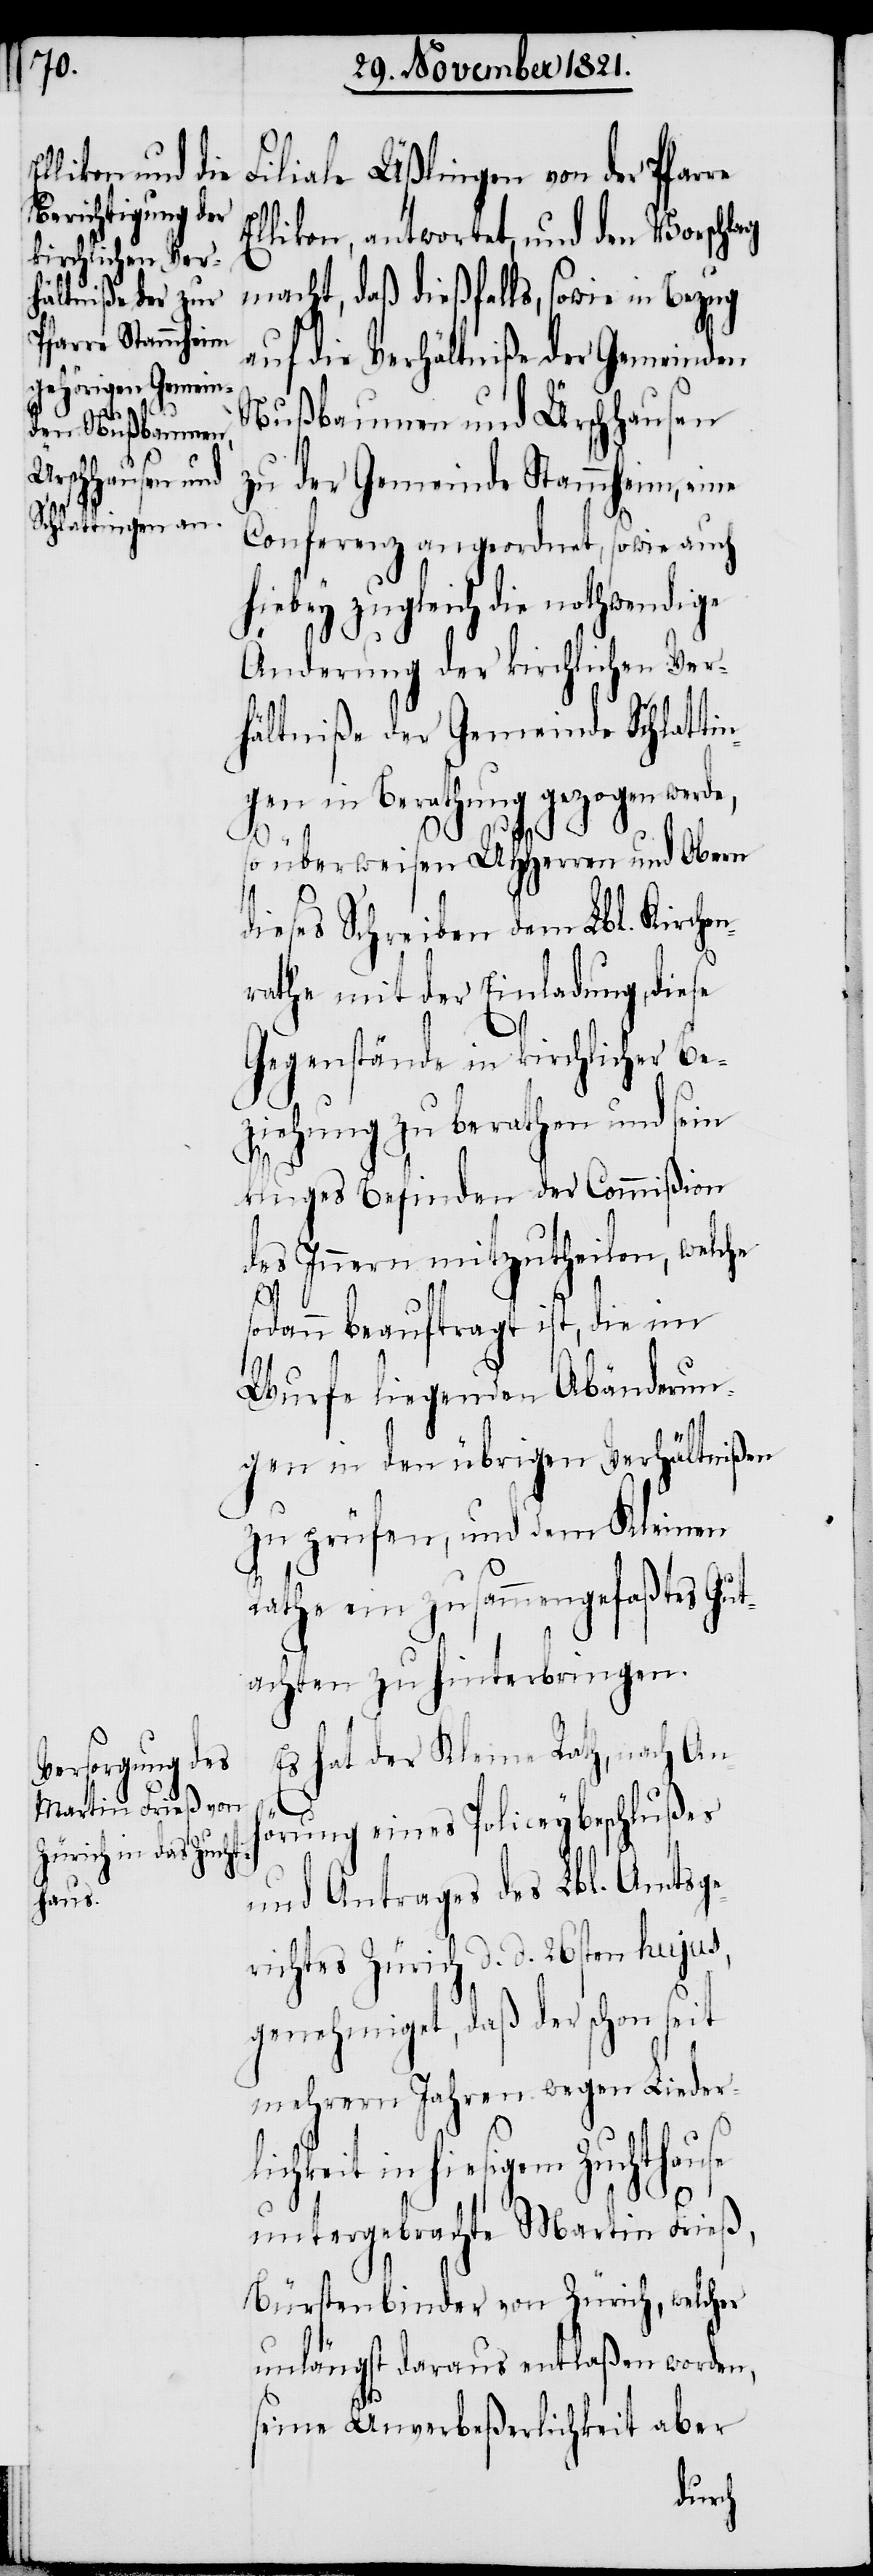
Filiale Üßlingen von der Pfar¬
Ellikon, antwortet, und den Vorschlag
macht, daß dießfalls, sowie in Bezug
auf die Verhältniße der Gemeinden
Nußbaumen und Ürschhausen
zu der Gemeinde Stammheim, eine
Conferenz angeordnet, sowie auch
hiebey zugleich die nothwendige
Änderung der kirchlichen Ver¬
hältniße der Gemeinde Schlatti¬
ngen in Berathung gezogen wer¬
so überweisen UHHerren und Obern
dieses Schreiben dem Lbl. Kirche¬
rathe mit der Einladung, diese
Gegenstände in kirchlicher Be¬
ziehung zu berathen und sein
kluges Befinden der Commißion
des Innern mitzutheilen, welche
dann beauftragt ist, die im
Wurfe liegenden Abänderun¬
gen in den übrigen Verhältnißen
zu prüfen, und dem Kleinen
Rathe ein zusammengefaßtes Gut¬
achten zu hinterbringen.
Es hat der Kleine Rath, nach Anh¬
örung eines Policeybeschlußes
und Antrages des Lbl. Amtsge¬
richtes Zürich d. d. 26sten hujus,
genehmiget, daß der schon seit
mehrern Jahren wegen Lieder¬
lichkeit in hiesigem Zuchthause
so¬
untergebrachte Martin Frieß,
Bürstenbinder von Zürich, welcher
unlängst daraus entlaßen worden,
seine Unverbeßerlichkeit aber